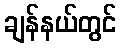
ချန်နယ်တွင်